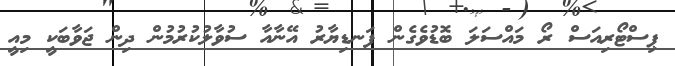
ޕިސްޓޯރިއަސް ރޯ މައްސަލަ ބޮޑުވެގެން ފަނޑިޔާރު އޭނާއާ ސުވާލުކުރުމުން ދިން ޖަވާބަކީ މިއީ